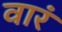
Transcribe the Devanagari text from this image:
वारं